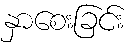
နှာစေးခြင်း